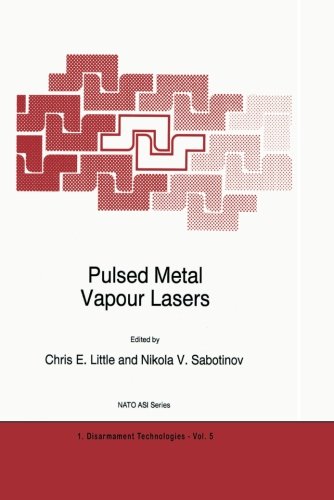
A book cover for Pulsed Metal Vapour Lasers (Nato Science Partnership Subseries: 1); Science & Math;